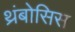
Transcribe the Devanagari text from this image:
थ्रंबोसिस